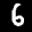
Label: 6